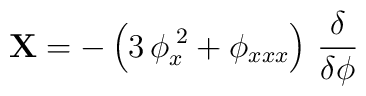
{\bf X} = - \left( 3 \, \phi_x^{\;2} + \phi_{xxx} \right) \,\frac{\delta}{\delta \phi}